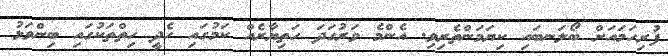
ފުރިހަމައަށް ބޯލަނބައި ކިޔަމަންތެރިވި. އެންމެ ވަރުގަދަ ހަތިޔާރެއް ކަމުގައި ހެދީ ހިތްތަކުގައި ބިންވަޅު